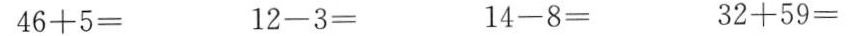
46+5= 12-3= 14-8= 32+59=